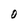
Character: O